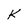
Character: k